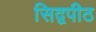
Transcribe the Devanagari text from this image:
सिद्वपीठ